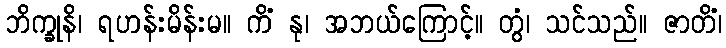
ဘိက္ခုနိ၊ ရဟန်းမိန်းမ။ ကိံ နု၊ အဘယ်ကြောင့်။ တွံ၊ သင်သည်။ ဇာတိံ၊